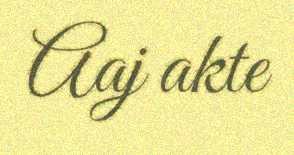
Aaj akte